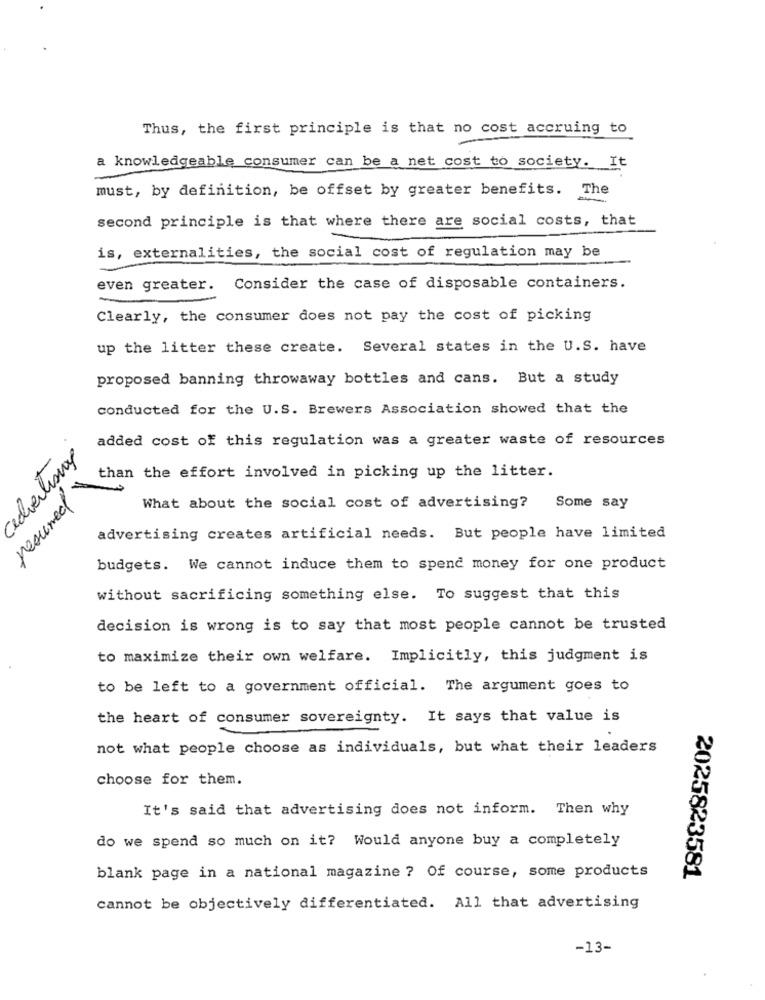
Thus, the first principle is that no cost accruing to
a knowledgeable consumer can be a net cost to society. It
must, by definition, be offset by greater benefits. The
second principle is that where there are social costs, that
is, externalities, the social cost of regulation may be
even greater.
Consider the case of disposable containers.
Clearly, the consumer does not pay the cost of picking
up the litter these create. Several states in the U.S. have
proposed banning throwaway bottles and cans. But a study
conducted for the U.S. Brewers Association showed that the
added cost of this regulation was a greater waste of resources
Cecialismy
than the effort involved in picking up the litter.
resumed
What about the social cost of advertising?
Some say
advertising creates artificial needs. But people have limited
budgets. We cannot induce them to spend money for one product
without sacrificing something else. To suggest that this
decision is wrong is to say that most people cannot be trusted
to maximize their own welfare. Implicitly, this judgment is
to be left to a government official. The argument goes to
the heart of consumer sovereignty. It says that value is
not what people choose as individuals, but what their leaders
choose for them.
It's said that advertising does not inform. Then why
do we spend so much on it? Would anyone buy a completely
blank page in a national magazine ? Of course, some products
2025823581
cannot be objectively differentiated. All that advertising
-13-